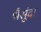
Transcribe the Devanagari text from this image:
भैसुंदा